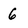
Character: 6